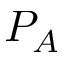
P _ { A }